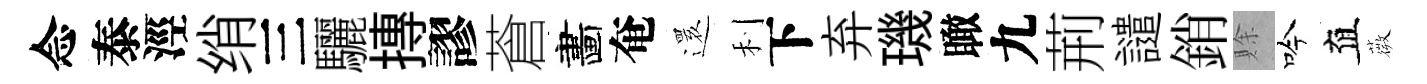
念泰涇绡三驪摶謬蒼畵奄𮟃利下弃璣瞰九荊譴銷賖吟直薇